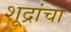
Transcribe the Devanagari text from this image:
शूद्रांचा